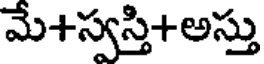
మే+స్వస్తి+అస్తు